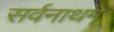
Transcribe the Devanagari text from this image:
सर्वनाथम्